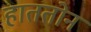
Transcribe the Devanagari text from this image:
हाततोन